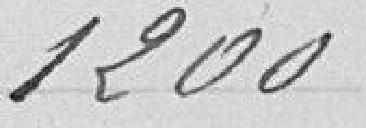
1 200